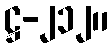
ဋ္ဌ-၂၁၂။